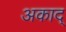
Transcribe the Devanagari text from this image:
अकाद्